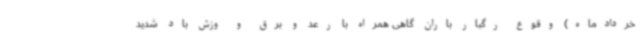
خردادماه) وقوع رگبار باران گاهی همراه با رعد و برق و وزش باد شدید